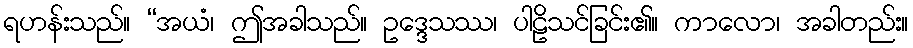
ရဟန်းသည်။ “အယံ၊ ဤအခါသည်။ ဥဒ္ဒေသဿ၊ ပါဠိသင်ခြင်း၏။ ကာလော၊ အခါတည်း။